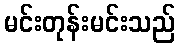
မင်းတုန်းမင်းသည်